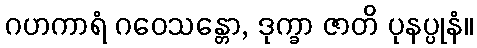
ဂဟကာရံ ဂဝေသန္တော, ဒုက္ခာ ဇာတိ ပုနပ္ပုနံ။